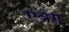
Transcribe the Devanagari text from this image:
एवंग